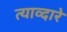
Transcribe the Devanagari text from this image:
त्याव्दारे